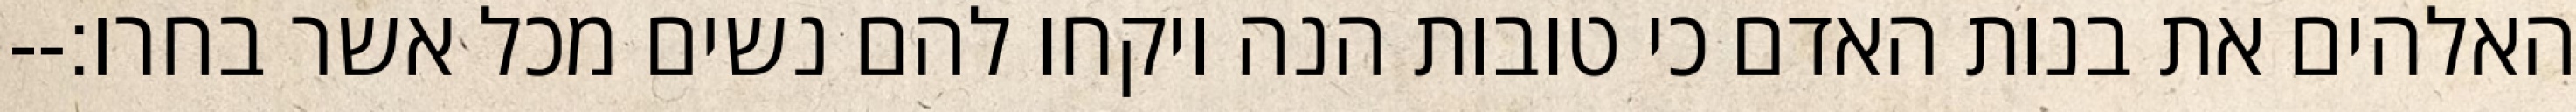
האלהים את בנות האדם כי טובות הנה ויקחו להם נשים מכל אשר בחרו׃--